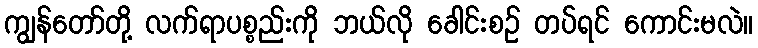
ကျွန်တော်တို့ လက်ရာပစ္စည်းကို ဘယ်လို ခေါင်းစဉ် တပ်ရင် ကောင်းမလဲ။